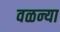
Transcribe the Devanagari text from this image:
वळन्या